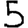
Digit: 5